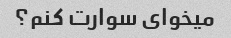
میخوای سوارت کنم؟